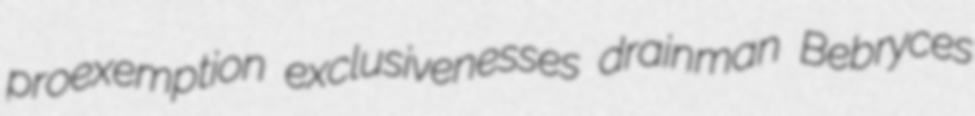
proexemption exclusivenesses drainman Bebryces